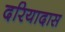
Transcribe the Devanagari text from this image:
दरियादास